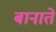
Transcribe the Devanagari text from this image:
बानाते